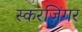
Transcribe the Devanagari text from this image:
स्करज़िंगर